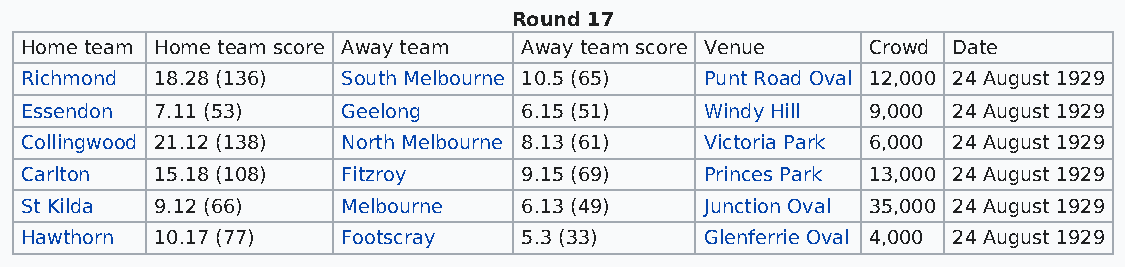
Round 17
 Home team Home team score Away team Away team score Venue Crowd Date
 Richmond 18.28 (136)  South Melbourne 10.5 (65) Punt Road Oval 12,000 24 August 1929
 Essendon 7.11 (53)    Geelong     6.15 (51)   Windy Hill 9,000 24 August 1929
 Collingwood 21.12 (138) North Melbourne 8.13 (61) Victoria Park 6,000 24 August 1929
 Carlton  15.18 (108)  Fitzroy     9.15 (69)   Princes Park 13,000 24 August 1929
 St Kilda 9.12 (66)    Melbourne   6.13 (49)   Junction Oval 35,000 24 August 1929
 Hawthorn 10.17 (77)   Footscray   5.3 (33)    Glenferrie Oval 4,000 24 August 1929